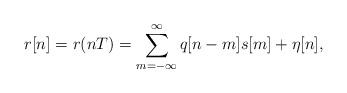
LaTeX: \begin{align*}r[n] = r(nT)=\sum_{m=-\infty}^{\infty}q[n-m] s[m] +\eta[n],\end{align*}